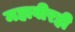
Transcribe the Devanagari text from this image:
महावीरही